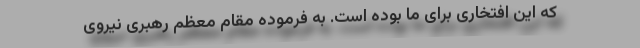
که این افتخاری برای ما بوده است. به فرموده مقام معظم رهبری نیروی